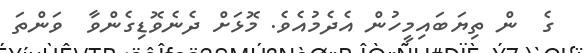
ގެ  ން ތިޔަބައިމީހުން އެދެމުއެވެ. މޮޅަށް ދެނެވޮޑިގެންވާ  ވަންތަ